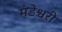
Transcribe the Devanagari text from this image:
मंडेश्वरी